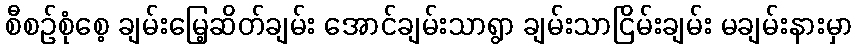
စီစဉ်စုံစေ့ ချမ်းမြေ့ဆိတ်ချမ်း အောင်ချမ်းသာရွာ ချမ်းသာငြိမ်းချမ်း မချမ်းနားမှာ